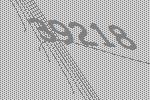
39218